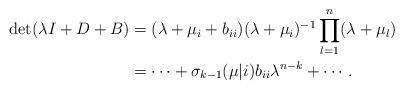
LaTeX: \begin{align*}\det(\lambda I+D+B)&=(\lambda+\mu_i+b_{ii})(\lambda+\mu_i)^{-1}\prod_{l=1}^{n}(\lambda+\mu_l)\\&=\cdots+\sigma_{k-1}(\mu|i)b_{ii}\lambda^{n-k}+\cdots.\end{align*}